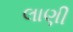
લાણી